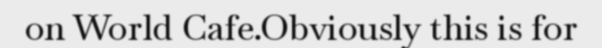
on World Cafe.Obviously this is for